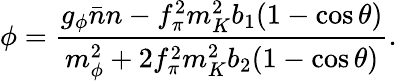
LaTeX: \phi={\frac{g_{\phi}\bar{n}n-f_{\pi}^{2}m_{K}^{2}b_{1}(1-\cos\theta)}{m_{\phi}^{2}+2f_{\pi}^{2}m_{K}^{2}b_{2}(1-\cos\theta)}}.